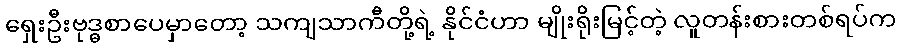
ရှေးဦးဗုဒ္ဓစာပေမှာတော့ သကျသာကီတို့ရဲ့ နိုင်ငံဟာ မျိုးရိုးမြင့်တဲ့ လူတန်းစားတစ်ရပ်က